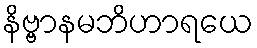
နိဗ္ဗာနမဘိဟာရယေ